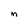
Character: M